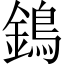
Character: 鵭